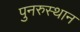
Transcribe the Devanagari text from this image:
पुनरुस्थान